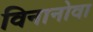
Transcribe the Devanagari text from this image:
विनानोवा